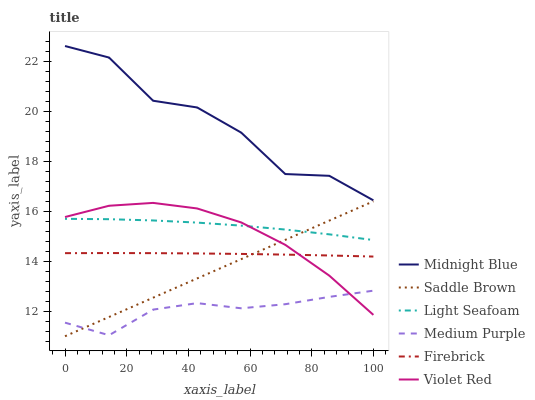
| xaxis_label | Midnight Blue | Saddle Brown | Light Seafoam | Medium Purple | Firebrick | Violet Red |
 | --- | --- | --- | --- | --- | --- | --- |
 | 0 | 22.6 | 11 | 15.7 | 11.5 | 14.3 | 15.8 |
 | 14.3 | 22.2 | 11.8 | 15.7 | 11 | 14.3 | 16.2 |
 | 28.6 | 20.4 | 12.5 | 15.6 | 12.1 | 14.3 | 16.3 |
 | 42.9 | 20.2 | 13.3 | 15.5 | 12.3 | 14.3 | 16.1 |
 | 57.1 | 19.2 | 14.1 | 15.4 | 12.1 | 14.3 | 15.6 |
 | 71.4 | 17.5 | 14.9 | 15.3 | 12.3 | 14.3 | 14.7 |
 | 85.7 | 17.4 | 15.6 | 15.1 | 12.6 | 14.2 | 13.4 |
 | 100 | 16.4 | 16.4 | 14.9 | 12.8 | 14.2 | 11.9 |